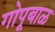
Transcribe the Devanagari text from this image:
गोपूबाळ